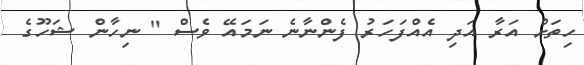
ހިތަށް އަރާ އަދި އެއްފަހަރު ފެންނާނެ ނަމައޭ ވެސް '' ނިހާން ޝަހޫގެ